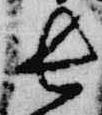
長